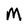
Character: M